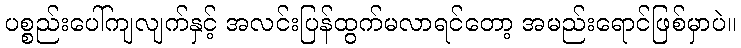
ပစ္စည်းပေါ်ကျလျက်နှင့် အလင်းပြန်ထွက်မလာရင်တော့ အမည်းရောင်ဖြစ်မှာပဲ။